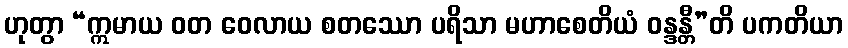
ဟုတွာ “ဣမာယ ဝတ ဝေလာယ စတဿော ပရိသာ မဟာစေတိယံ ဝန္ဒန္တီ”တိ ပကတိယာ